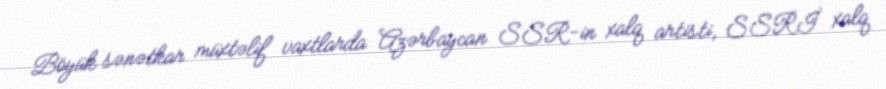
Böyük sənətkar müxtəlif vaxtlarda Azərbaycan SSR-in xalq artisti, SSRİ xalq